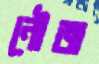
নৌজ